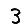
Digit: 3